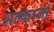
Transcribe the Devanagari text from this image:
शल्काजी